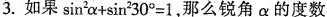
3.如果$$\sin^{2}\alpha+\sin^{2}30^{\circ}=1$$，那么锐角\alpha的度数